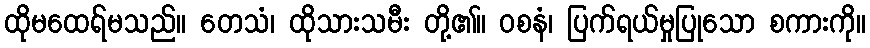
ထိုမထေရ်မသည်။ တေသံ၊ ထိုသားသမီး တို့၏။ ဝစနံ၊ ပြက်ရယ်မှုပြုသော စကားကို။